Vaccine operations Central Provinces 1886-1899 - 1886-1899
Year: 1886
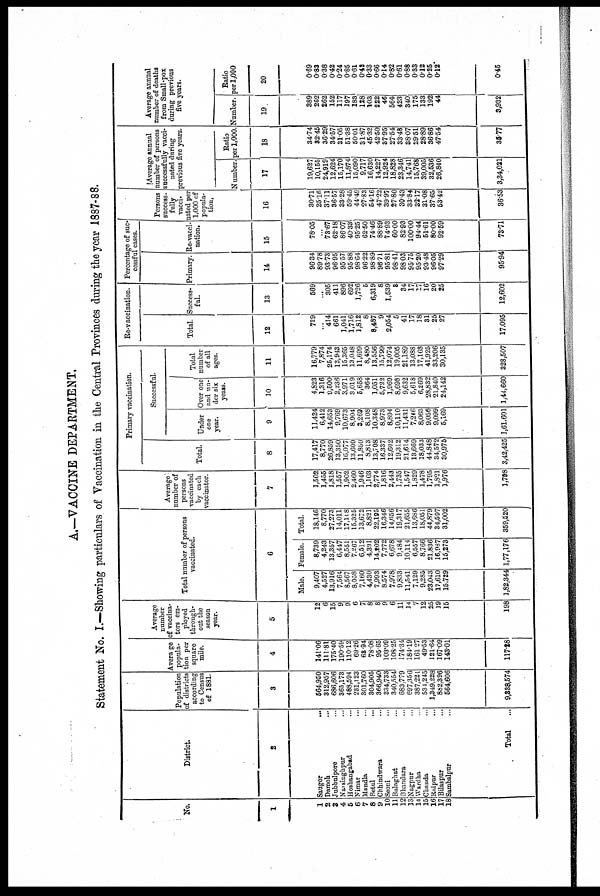
A.—VACCINE DEPARTMENT.
Statement No. I.—Showing particulars of Vaccination in the Central Provinces during the year 1887-88.
No.
1
1
2
3
4
6
6
7
8
9
10
11
12
13
14
15
16
17
18
District.
2
Saugor
...
Damoh ...
Jubbulpore ...
Narsinghpur ...
Hoshangabad ...
Nimar ...
Mandla ...
Betul ...
Chhindwara ...
Seoni ...
Balaghat ...
Bhandara ...
Nagpur ...
Wardha ...
Chanda ...
Raipur ...
Bilaspur ...
Sambalpur ...
Total ...
Population
of districts
according
to Census
of 1881.
3
664,950
312,957
686,606
365,173
488,594
231,123
301,760
304,905
366,940
334,733
340,554
683,779
697,356
387,221
534,245
1,349,228
882,396
664,606
9,838,574
Average
popula-
tion per
square
mile.
4
141.06
111.81
175.40
190.59
110.12
69.26
68.94
78.08
95.65
103.09
108.25
174.34
184.19
161.27
49.53
121.64
167.09
143.01
117.28
Average
number
of vaccina-
tors em-
ployed
through-
out the
season
year.
5
12
6
15
9
9
6
7
8
8
9
6
11
14
7
12
25
19
16
198
Total number of persons
vaccinated.
6
Male.
9,407
4,527
13,916
7,564
8,567
8,058
7,160
4,430
7,993
8,574
7,978
9,833
11,541
7,129
9,285
23,043
17,610
15,729
1,82,344
Female.
8,739
4,243
13,357
6,447
8,551
7,267
6,512
4,391
14,202
7,772
6,678
9,484
10,114
6,557
8,766
21,836
16,987
15,273
1,77,176
Total.
18,146
8,770
27,273
14,011
17,118
15,325
13,672
8,821
22,195
16,346
14,656
19,317
21,655
13,686
18,051
44,879
34,597
31,002
359,520
Average
number of
persons
vaccinated
by each
vaccinator.
7
1,502
1,455
1,818
1,557
1,902
2,460
1,946
1,103
2,774
1,816
2,443
1,735
1,547
1,829
1,478
1,795
1,821
1,976
1,798
Primary vaccination.
Total.
8
17,417
8,770
26,859
13,350
16,077
13,609
11,860
8,813
13,708
16,337
12,602
19,312
21,614
13,669
18,033
44,848
34,572
30,975
3,42,425
Successful.
Under
one
year.
9
11,424
6,412
14,653
9,769
10,673
8,904
3,269
8,108
10,348
8,973
8,894
10,110
11,431
7,246
8,063
9,056
9,099
5,169
1,61,601
Over one
and un-
der six
years.
10
4,823
1,316
9,500
2,236
3,971
3,019
5,658
364
1,051
5,722
1,969
8,698
9,632
5,618
6,269
28,832
21,840
24,142
1,44,660
Total
number
of all
ages.
11
16,779
7,874
25,174
12,943
15,365
13,048
11,699
8,480
13,556
15,799
12,074
19,005
21,189
13,088
17,163
41,925
33,206
30,135
328,507
Re-vaccination.
Total.
12
729
...
414
661
1,041
1,716
1,812
8
8,487
9
2,054
5
41
17
18
31
25
27
17,095
Success-
ful.
13
569
...
305
411
896
692
1,726
5
6,319
8
1,539
8
34
17
17
16
20
25
12,602
Percentage of suc¬
cessful cases.
Primary.
14
96.34
89.78
93.73
96.95
95.57
95.88
98.64
96.22
98.89
96.71
95.81
98.41
98.03
95.75
95.20
93.48
96.05
97.29
95.94
Re-vacci-
nation,
15
78.05
...
73.67
62.18
86.07
40.33
95.25
62.50
74.46
88.89
74.93
60.00
82.93
100.00
94.44
51.61
80.00
92.59
73.71
Persons
success-
fully
vacci-
nated per
1,000 of
popula-
tion.
16
30.71
25.16
37.11
36.57
33.28
59.45
44.49
27.83
54.16
47.22
39.97
27.80
30.43
33.84
32.17
31.08
37.65
53.42
36.53
Average annual
number of persons
successfully vacci-
nated during
previous five years.
Number.
17
19,627
10,155
24,919
12,624
15,170
11,874
15,090
9,717
16,630
14,227
12,924
18,828
23,346
14,741
15,768
39,005
32,536
26,840
3,34,021
Ratio
per 1,000.
18
34.74
32.45
36.29
34.57
31.05
51.38
50.01
31.87
45.32
42.50
37.95
27.54
33.48
88.07
29.51
28.89
36.86
47.54
38.77
Average annual
number of deaths
from Small-pox
during previous
five years.
Number.
19
389
262
262
152
117
197
183
128
103
222
46
564
423
340
175
133
192
44
3,932
Ratio
per 1,000
20
0.69
0.83
0.38
0.42
0.24
0.85
0.61
0.42
0.33
0.66
0.14
0.82
0.61
0.88
0.33
0.12
0.25
0.12
0.45